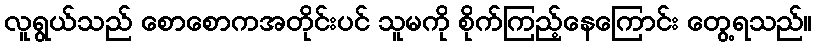
လူရွယ်သည် စောစောကအတိုင်းပင် သူမကို စိုက်ကြည့်နေကြောင်း တွေ့ရသည်။